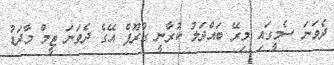
ދެވަނަ ސެމީގައި މިރޭ ބައްދަލު ކުރާނީ ގްރޫޕް އޭގެ ދެވަނަ ޓީމް މާދަޑު